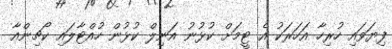
ފިޔަވައި ހުރިހާ އަހަރަކު އެ ޓީމަށް ކުޅުނު އަނިލް ކުޅުން ހުއްޓާލައި ކޯޗިންއާ